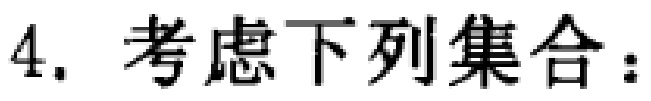
4. 考虑下列集合：